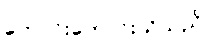
ကောင်းကောင်းသိသည်